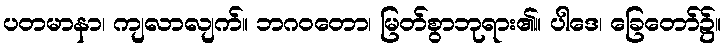
ပတမာနာ၊ ကျလာလျက်။ ဘဂဝတော၊ မြတ်စွာဘုရား၏။ ပါဒေ၊ ခြေတော်၌။